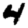
Digit: 4